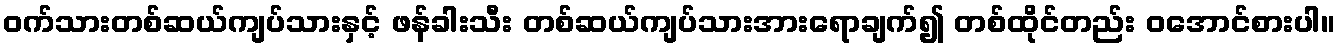
ဝက်သားတစ်ဆယ်ကျပ်သားနှင့် ဖန်ခါးသီး တစ်ဆယ်ကျပ်သားအားရောချက်၍ တစ်ထိုင်တည်း ဝအောင်စားပါ။